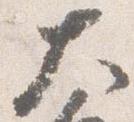
大